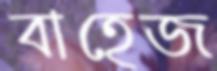
বাহেজ